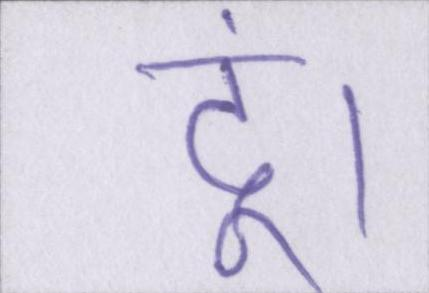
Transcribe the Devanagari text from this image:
दूं।